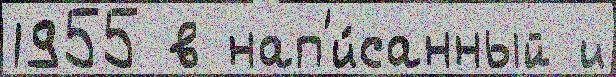
1955 в нап'и́санный и